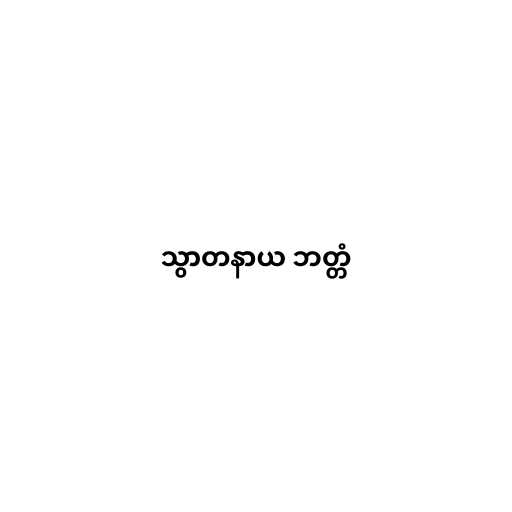
သွာတနာယ ဘတ္တံ